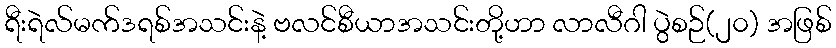
ရီးရဲလ်မက်ဒရစ်အသင်းနဲ့ ဗလင်စီယာအသင်းတို့ဟာ လာလီဂါ ပွဲစဉ်(၂၀) အဖြစ်